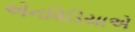
એનવિડિયાએ